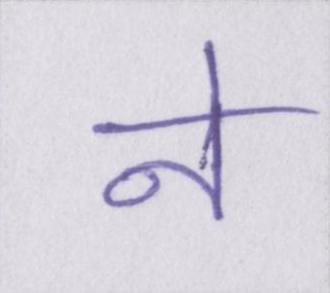
ने